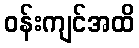
ဝန်းကျင်အထိ